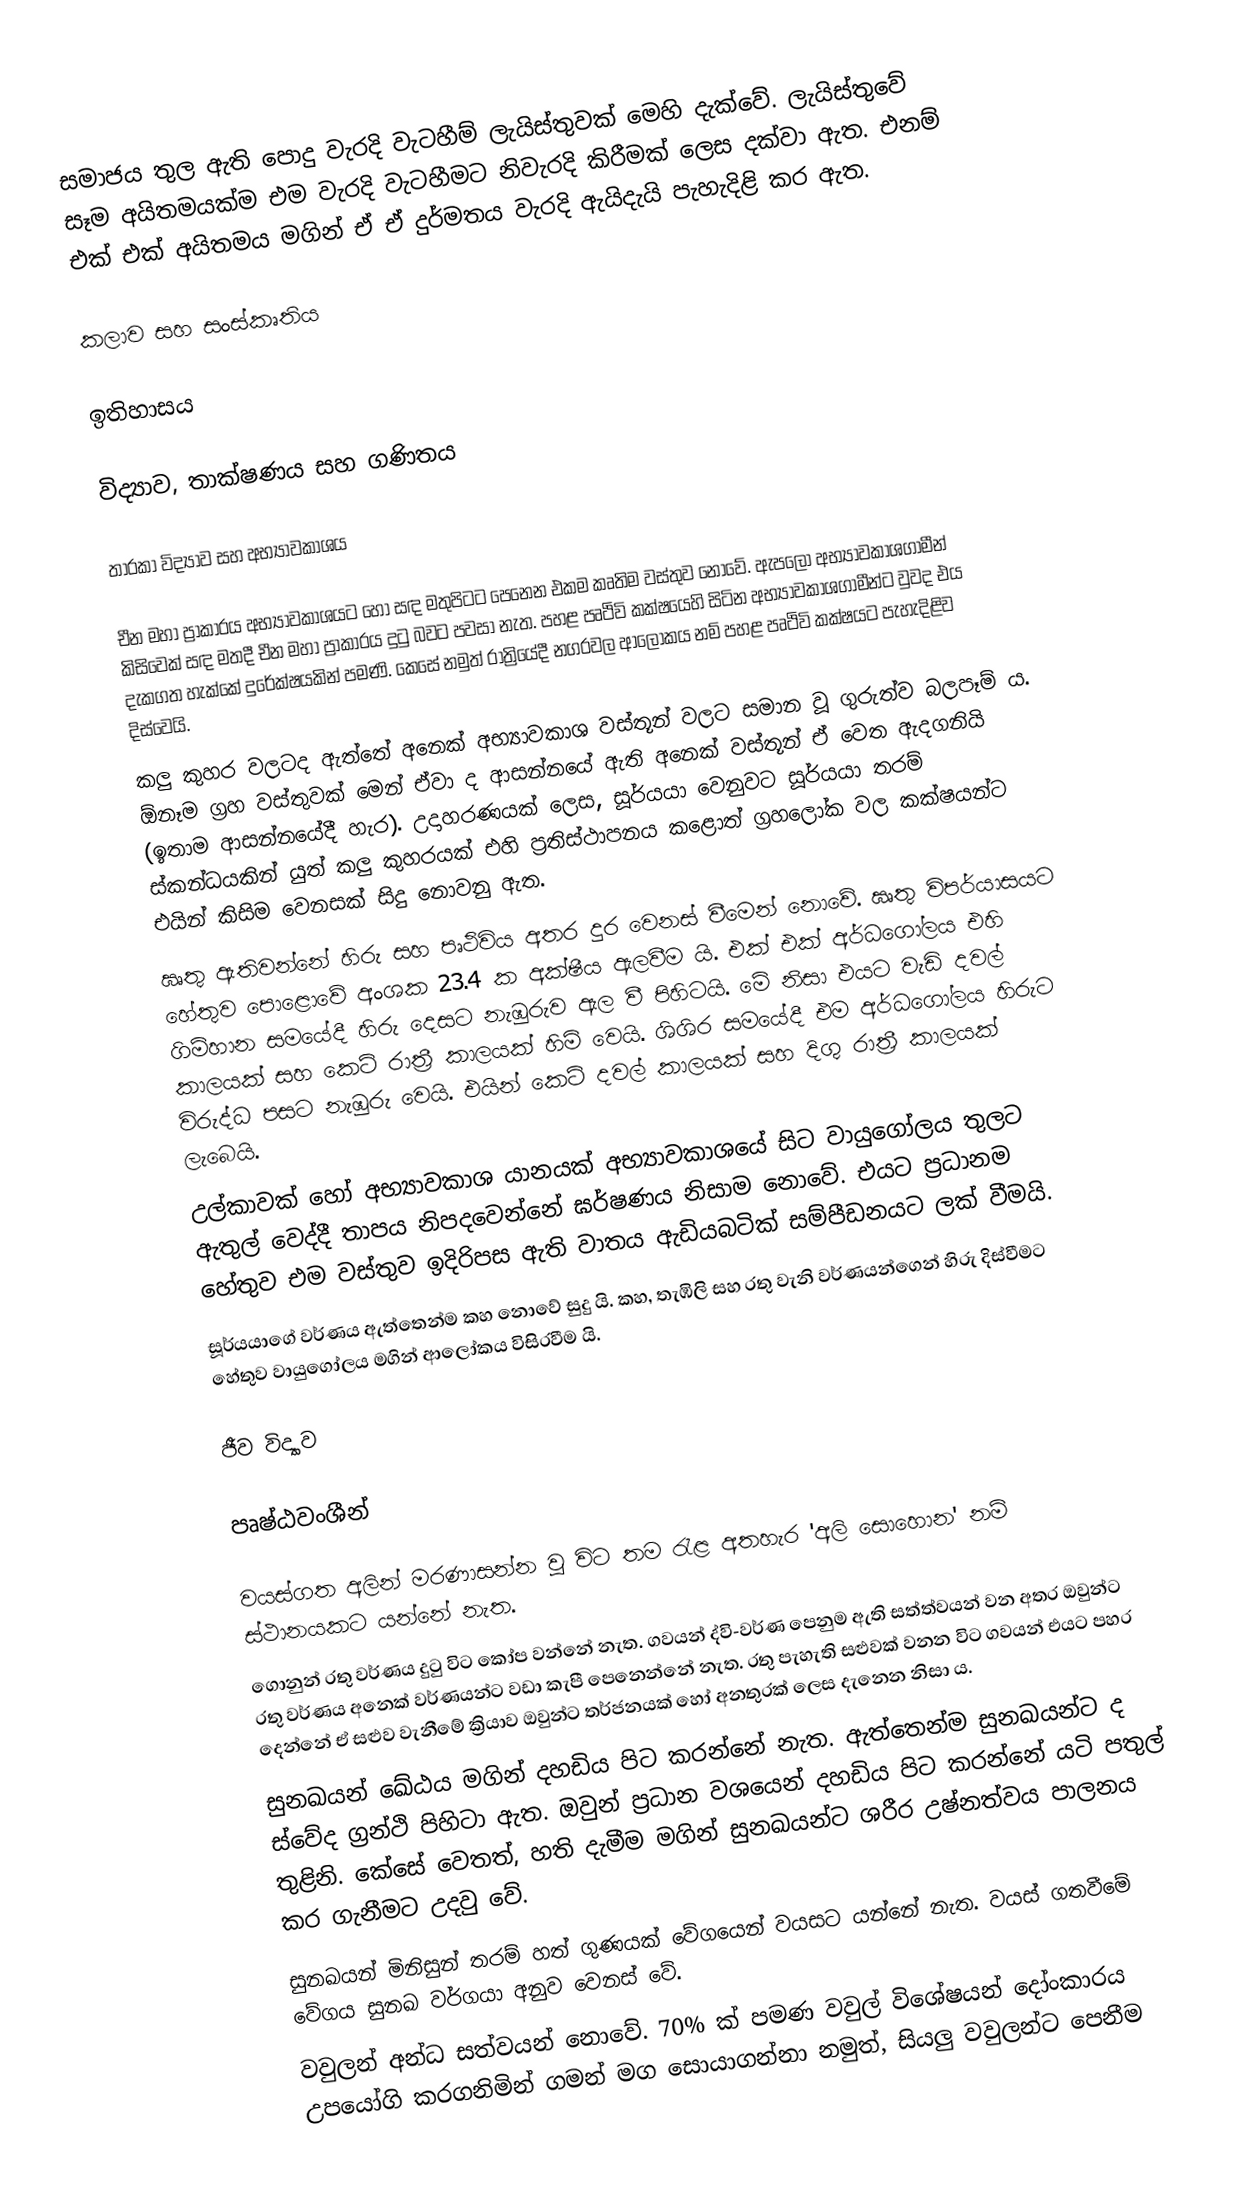
සමාජය තුල ඇති පොදු වැරදි වැටහීම් ලැයිස්තුවක් මෙහි දැක්වේ. ලැයිස්තුවේ සෑම අයිතමයක්ම එම වැරදි වැටහීමට නිවැරදි කිරීමක් ලෙස දක්වා ඇත. එනම් එක් එක් අයිතමය මගින් ඒ ඒ දුර්මතය වැරදි ඇයිදැයි පැහැදිළි කර ඇත.

කලාව සහ සංස්කෘතිය

ඉතිහාසය

විද්‍යාව, තාක්ෂණය සහ ගණිතය

තාරකා විද්‍යාව සහ අභ්‍යාවකාශය

 චීන මහා ප්‍රාකාරය අභ්‍යාවකාශයට හෝ සඳ මතුපිටට පෙනෙන එකම කෘතිම වස්තුව නොවේ. ඇපලෝ අභ්‍යාවකාශගාමීන් කිසිවෙක් සඳ මතදී චීන මහා ප්‍රාකාරය දුටු බවට පවසා නැත. පහළ පෘථිවි කක්ෂයෙහි සිටින අභ්‍යාවකාශගාමීන්ට වුවද එය දැකගත හැක්කේ දුරේක්ෂයකින් පමණි. කෙසේ නමුත් රාත්‍රියේදී නගරවල ආලෝකය නම් පහළ පෘථිවි කක්ෂයට පැහැදිළිව දිස්වෙයි.
 කලු කුහර වලටද ඇත්තේ අනෙක් අභ්‍යාවකාශ වස්තූන් වලට සමාන වූ ගුරුත්ව බලපෑම් ය. ඕනෑම ග්‍රහ වස්තුවක් මෙන් ඒවා ද ආසන්නයේ ඇති අනෙක් වස්තූන් ඒ වෙත ඇදගනියි (ඉතාම ආසන්නයේදී හැර). උදාහරණයක් ලෙස, සූර්යයා වෙනුවට සූර්යයා තරම් ස්කන්ධයකින් යුත් කලු කුහරයක් එහි ප්‍රතිස්ථාපනය කළොත් ග්‍රහලෝක වල කක්ෂයන්ට එයින් කිසිම වෙනසක් සිදු නොවනු ඇත.
 ඍතු ඇතිවන්නේ හිරු සහ පෘථිවිය අතර දුර වෙනස් වීමෙන් නොවේ. ඍතු විපර්යාසයට හේතුව පොළොවේ අංශක 23.4 ක අක්ෂීය ඇලවීම යි. එක් එක් අර්ධගෝලය එහි ගිම්හාන සමයේදී හිරු දෙසට නැඹුරුව ඇල වී පිහිටයි. මේ නිසා එයට වැඩි දවල් කාලයක් සහ කෙටි රාත්‍රී කාලයක් හිමි වෙයි. ශිශිර සමයේදී එම අර්ධගෝලය හිරුට විරුද්ධ පසට නැඹුරු වෙයි. එයින් කෙටි දවල් කාලයක් සහ දිගු රාත්‍රී කාලයක් ලැබෙයි.
 උල්කාවක් හෝ අභ්‍යාවකාශ යානයක් අභ්‍යාවකාශයේ සිට වායුගෝලය තුලට ඇතුල් වෙද්දී තාපය නිපදවෙන්නේ ඝර්ෂණය නිසාම නොවේ. එයට ප්‍රධානම හේතුව එම වස්තුව ඉදිරිපස ඇති වාතය ඇඩියබටික් සම්පීඩනයට ලක් වීමයි.
 සූර්යයාගේ වර්ණය ඇත්තෙන්ම කහ නොවේ සුදු යි. කහ, තැඹිලි සහ රතු වැනි වර්ණයන්ගෙන් හිරු දිස්වීමට හේතුව වායුගෝලය මගින් ආලෝකය විසිරවීම යි.

ජීව විද්‍යාව

පෘෂ්ඨවංශීන්

 වයස්ගත අලින් මරණාසන්න වූ විට තම රැළ අතහැර 'අලි සොහොන' නම් ස්ථානයකට යන්නේ නැත.
 ගොනුන් රතු වර්ණය දුටු විට කෝප වන්නේ නැත. ගවයන් ද්වි-වර්ණ පෙනුම ඇති සත්ත්වයන් වන අතර ඔවුන්ට රතු වර්ණය අනෙක් වර්ණයන්ට වඩා කැපී පෙනෙන්නේ නැත. රතු පැහැති සළුවක් වනන විට ගවයන් එයට පහර දෙන්නේ ඒ සළුව වැනීමේ ක්‍රියාව ඔවුන්ට තර්ජනයක් හෝ අනතුරක් ලෙස දැනෙන නිසා ය.
 සුනඛයන් ඛේඨය මගින් දහඩිය පිට කරන්නේ නැත. ඇත්තෙන්ම සුනඛයන්ට ද ස්වේද ග්‍රන්ථි පිහිටා ඇත. ඔවුන් ප්‍රධාන වශයෙන් දහඩිය පිට කරන්නේ යටි පතුල් තුළිනි. කේසේ වෙතත්, හති දැමීම මගින් සුනඛයන්ට ශරීර උෂ්නත්වය පාලනය කර ගැනීමට උදවු වේ.
 සුනඛයන් මිනිසුන් තරම් හත් ගුණයක් වේගයෙන් වයසට යන්නේ නැත. වයස් ගතවීමේ වේගය සුනඛ වර්ගයා අනුව වෙනස් වේ.
වවුලන් අන්ධ සත්වයන් නොවේ. 70% ක් පමණ වවුල් විශේෂයන් දෝංකාරය උපයෝගි කරගනිමින් ගමන් මග සොයාගන්නා නමුත්, සියලු වවුලන්ට පෙනීම